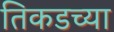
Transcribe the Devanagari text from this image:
तिकडच्या